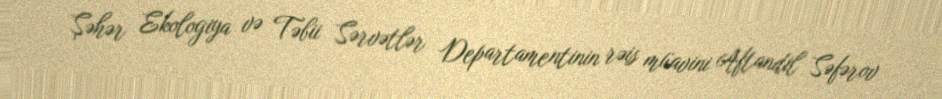
Şəhər Ekologiya və Təbii Sərvətlər Departamentinin rəis müavini Aftandil Səfərov